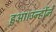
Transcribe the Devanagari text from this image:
हुआ।उन्होंने